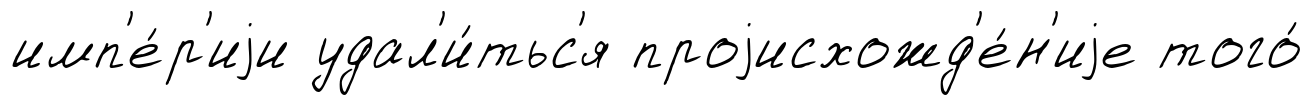
имп'е́р'иjи удал'и́тьс'я проjисхожд'е́н'иjе того́